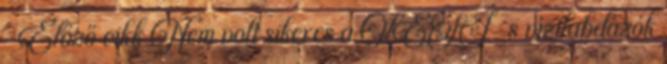
← Előző cikk Nem volt sikeres a KESI-s vízilabdázók